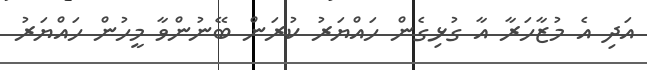
އަދި އެ މުޒާހަރާ އާ ގުޅިގެން ހައްޔަރު ކުރަން ބޭނުންވާ މީހުން ހައްޔަރު